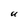
Character: U